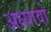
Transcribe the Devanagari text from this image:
अध्यावो